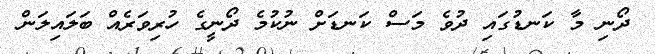
ދޯނި މާ ކަނޑުގައި ދުވެ މަސް ކަނޑަށް ނުކުމެ ދޯނީގެ ހުރިވަރެއް ބަލައިލަން